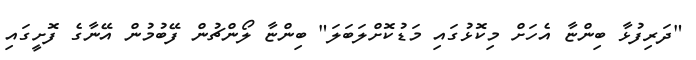
"ދަރިފުޅާ ބިންޏާ އެހަށް މިކޮޅުގައި މަޑުކޮށްލަބަލަ" ބިންޏާ ލޯންޗުން ފޭބުމުން އޭނާގެ ފޮށީގައި